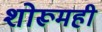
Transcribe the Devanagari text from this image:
शोरूमही